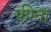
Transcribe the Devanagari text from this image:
फीना